Black-water fever - Number 35
Disease focus: Fever
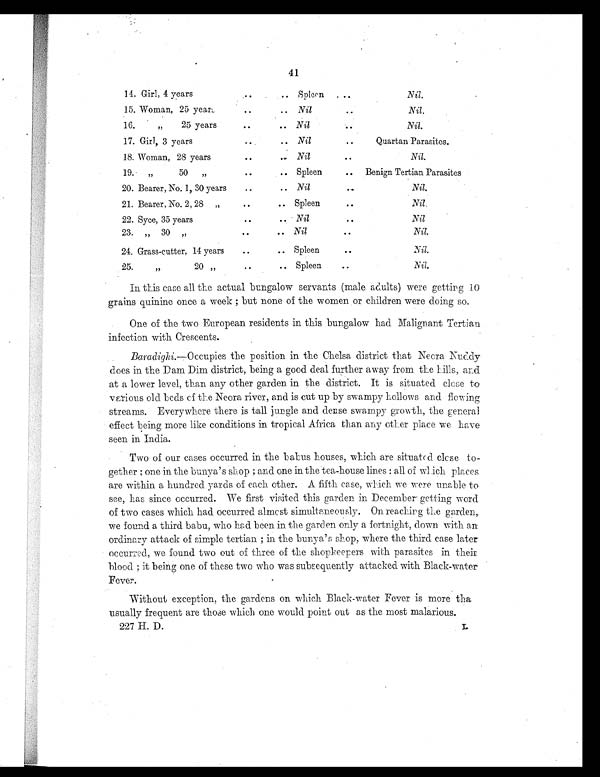
41
14. Girl, 4 years
Spleon
...
Nil.
15. Woman, 25 year
.. .. Nil
..
Nil.
16.
,,
25 years
..
.. Nil
Nil.
17. Girl, 3 years
..
.. Nil
..
Quartan Parasites.
18. Woman, 28 years
.. ..
Nil
..
Nil.
19.
„
50
„
. .
Spleen
..
Benign Tertian Parasites
20. Bearer, No. 1,30 years
..
.. Nil
..
Nil.
21. Bearer, No. 2, 28 „
..
.. Spleen
..
Nil.
22. Syce, 35 years
Nil
..
Nil
23. „ 30 „
..
.. Nil
..
Nil.
24. Grass-cutter, 14 years
..
.. Spleen
..
Nil.
25.
,,
20 „
..
.. Spleen
. .
Nil.
In this case all the actual bungalow servants (male adults) were getting 10
grains quinine once a week; but none of the women or children were doing so.
One of the two European residents in this bungalow had Malignant Tertian
infection with Crescents.
Baradighi .—Occupies the position in the Chelsa district that Necra buddy
does in the Dam Dim district, being a good deal further away from the hills, and
at a lower level, than any other garden in the district. It is situated close to
various old beds cf the Neora river, and is cut up by swampy hollows and flowing
streams. Everywhere there is tall jungle and dense swampy growth, the general
effect being more like conditions in tropical Africa than any other place we have
seen in India.
Two of our cases occurred in the babus houses, which are situated elcse to-
gether; one in the bunya's shop; and one in the tea-house lines: all of which places
are within a hundred yards of each other. A fifth case, which we were unable to
see, has since occurred. We first visited this garden in December getting word
of two cases which had occurred. almost simultaneously. On reaching the garden,
we found a third babu, who had been in the garden only a fortnight, down with an.
ordinary attack of simple tertian; in the bunya's shop, where the third case later
occurred, we found two out of three of the shopkeepers with parasites in their
blood; it being one of these two who was subsequently attacked with Black-water
Fever.
Without exception, the gardens on which Black-water Fever is more tha
usually frequent are those which one would point out as the most malarious.
227 II. D.
L